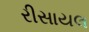
રીસાયલ